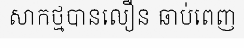
សាកថ្មបានលឿន ឆាប់ពេញ